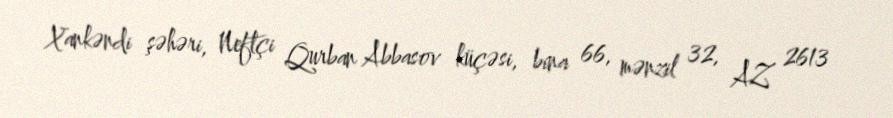
Xankəndi şəhəri, Neftçi Qurban Abbasov küçəsi, bina 66, mənzil 32, AZ 2613